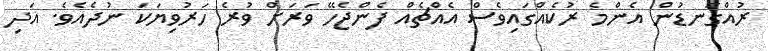
ރުއްގަނޑުން އެންމެ ރުކެއްގައިވެސް އެއްޗެއް ފެންޖެހޭ ވަރަށް ވުރެ ހަރުވިޔަކަ ނުދެއެވެ. އަދި